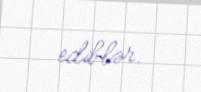
ediblər.